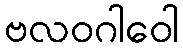
ဗလဝဂါဝေါ